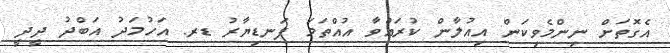
އެގޮތަށް ނިންމެވިކަން އިއުލާން ކުރައްވާ އުއްތަމަ ފަނޑިޔާރު ޑރ. އަހުމަދު އަބްދު ދީދީ